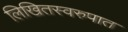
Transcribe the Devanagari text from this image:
लिखितस्वरुपात